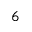
_ 6